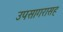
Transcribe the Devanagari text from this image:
उपसागरासह